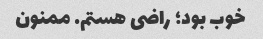
خوب بود؛ راضی‌ هستم. ممنون